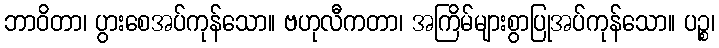
ဘာဝိတာ၊ ပွားစေအပ်ကုန်သော။ ဗဟုလီကတာ၊ အကြိမ်များစွာပြုအပ်ကုန်သော။ ပဉ္စ၊